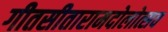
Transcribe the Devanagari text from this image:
गीतसीतारामदोलोत्सव